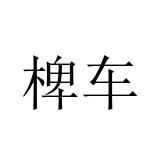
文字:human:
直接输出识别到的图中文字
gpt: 椑车